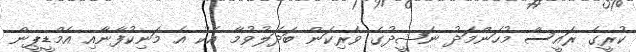
ކުރީގެ ރައީސް މުހަންމަދު ނަޝީދުގެ ވެރިކަން ބަދަލުވުމާ އެކު އެ މަނިކުފާނާއި އެމްޑީޕީން